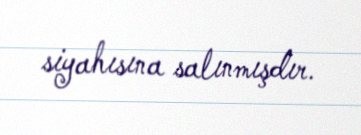
siyahısına salınmışdır.